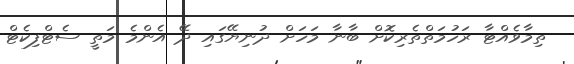
ތިމާވެއްޓާ ރަހުމަތްތެރިކޮށް ބާނާ މަހަށް ދުނިޔޭގައި ދޭ އެންމެ މަތީ ސެޓްފިކެޓް